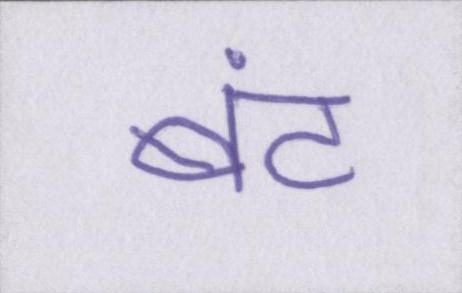
बंट